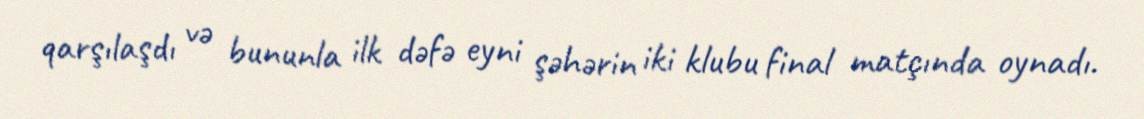
qarşılaşdı və bununla ilk dəfə eyni şəhərin iki klubu final matçında oynadı.